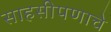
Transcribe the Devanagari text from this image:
साहसीपणाचे